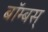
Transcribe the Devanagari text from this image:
बॉम्बस्